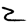
Digit: 2